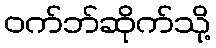
ဝက်ဘ်ဆိုက်သို့